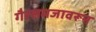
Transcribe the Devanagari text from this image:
गैरसमजावरून